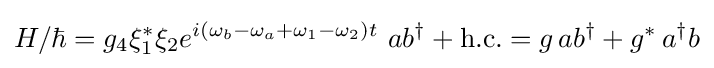
H/\hbar =g_{4}\xi _{1}^{*}\xi _{2}e^{i(\omega _{b}-\omega _{a}+\omega _{1}-\omega _{2})t}\ ab^{\dagger }+{\text{h.c.}}=g\,ab^{\dagger }+g^{*}\,a^{\dagger }b